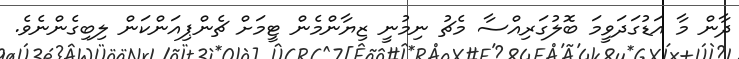
ދާން މާ އަޑުގަދަވީމަ ބޮލުގަރިއްސާ މެޗު ނިމުނީ ޒިޔާންމެން ޓީމަށް ޗެންޕިއަންކަން ލިބިގެންނެވެ.